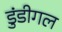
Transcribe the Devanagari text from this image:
डुंडीगल